Annual report on the lock hospitals of the Madras Presidency
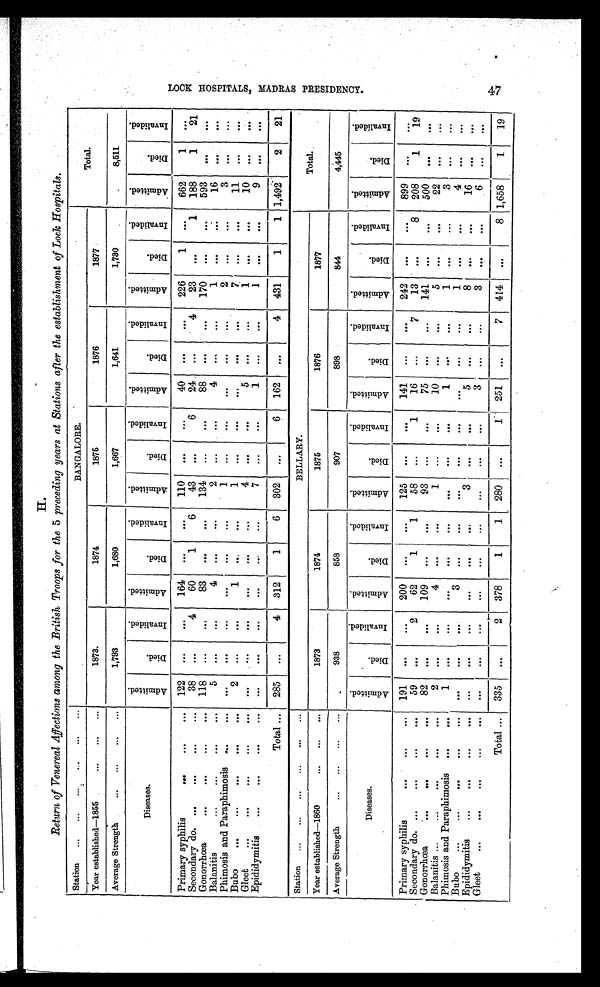
H.
Return of Venereal Affections among the British Troops for the 5 preceding year at Stations after the establishment of Lock Hospitals.
Station ...
... ...
. . .
. . .
. . .
BANGALORE.
Total.
Year established—1855
. . .
. . .
. . .
1873.
1874
1875
1876
1877
Average Strength
... ...
... ...
1,793
1,680
1,667
1,641
1,730
8,511
Diseases.
A d m i t t e d .
D i e d .
I n v a l i d e d .
A d m i t t e d .
D i e d .
I n v a l i d e d .
A d m i t t e d .
D i e d .
I n v a l i d e d .
A d m i t t e d .
D i e d .
I n v a l i d e d .
A d m i t t e d .
D i e d .
I n v a l i d e d .
A d m i t t e d .
D i e d .
I n v a l i d e d .
Primary syphilis
... ... ... 122 ...
. . . 164
. . .
. . . 110
. . .
...
40
. . .
. . . 226
1
. . .
662
1
. . .
Secondary do. ...
... ... ... 38
. . .
4
60
1
6
43
. . .
6
24 ...
4
23
. . .
1 188
1
21
Gonorrhœa
... ... ... ... 118 ...
...
83 ...
. . . 134
. . .
...
88
. . .
. . . 170
. . .
. . .
593
. . .
. . .
Balanitis
...
...
. . . . . .
5
. . . ...
4
. . . ...
2
. . .
...
4
. . .
. . .
1
. . .
. . .
16
. . .
. . .
Phimosis and Paraphimosis ...
...
. . .
. . .
. . .
. . .
. . . ...
1
...
... ...
. . .
. . .
2
. . .
. . .
3
. . .
. . .
Bubo
... ... ... ... ...
2
. . .
. . .
1
. . .
. . .
1
. . .
. . . ...
. . .
. . .
7
. . .
. . .
11
. . .
. . .
Gleet
... ... ... ... ...
. . .
. . .
. . . ...
... ...
4
. . .
. . .
5
. . .
...
1
. . .
. . .
10
. . .
. . .
Epididymitis
... ... ...
...
. . .
. . . ... ...
. . .
. . .
7 ...
...
1
. . .
. . .
1
. . .
. . .
9
. . .
. . .
Total ... 285
. . .
4 312
1
6 302
. . .
6 162
. . .
4 431
1
1 1,492
2
21
Station ...
... ... ... ... ...
BELLARY.
Total.
Year established—1860
...
... ...
1873
1874
1875
1876
1877
Average Strength
... ... ... ...
938
858
907
898
844
4,445
Diseases.
A d m i t t e d .
D i e d .
I n v a l i d e d .
A d m i t t e d .
D i e d .
I n v a l i d e d .
A d m i t t e d .
D i e d .
I n v a l i d e d .
A d m i t t e d .
D i e d .
I n v a l i d e d . A d m i t t e d .
D i e d .
I n v a l i d e d .
A d m i t t e d .
D i e d .
I n v a l i d e d .
Primary syphilis
...
...
... 191
. . .
...
200 ...
. . . 125
. . .
. . . 141 ...
. . . 242
. . .
. . .
899 ...
. . .
Secondary do. ...
...
...
...
59
. . .
2
62
1
1
58
. . .
1
16
. . .
7
13
. . .
8 208
1
19
Gonorrhœa ... ... ... ...
82
. . .
. . . 109
. . .
. . .
93 ...
. . .
75
. . .
. . . 141
. . .
. . .
500
. . .
. . .
Balanitis
...
...
...
. . . . . .
2
. . .
. . .
4
. . .
. . .
1
. . .
. . .
10 ...
. . .
5
. . .
. . .
22
. . .
. . .
Phimosis and Paraphimosis ...
...
1
. . . ...
. . .
. . .
. . .
. . .
. . .
. . .
1
. . .
. . .
1
. . .
. . .
3
. . .
. . .
Bubo
...
...
... ... ...
. . .
. . .
. . .
3 ...
...
. . .
. . .
. . .
. . .
. . .
. . .
1
. . .
. . .
4
. . .
. . .
Epididymitis
...
... ... ... ... . . .
... ...
. . .
. . .
3
. . .
. . .
5
. . .
. . .
8
. . .
. . .
16
. . .
. . .
Gleet
... ... ...
...
...
. . .
. . . ...
... ...
. . .
. . . . . . ...
3
. . .
. . .
3
. . .
. . .
6 ...
. . .
Total ... 335
. . .
2 378
1
1 280
. . .
1
251
. . .
7 414
. . .
8 1,658
1
19
L O C K H O S P I T L S , M A D R A S P R E S I D E N C Y 4 7